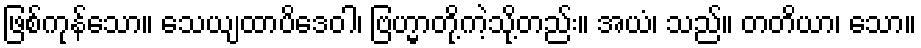
ဖြစ်ကုန်သော။ သေယျထာပိဒေဝါ၊ ဗြဟ္မာတို့ကဲ့သို့တည်း။ အယံ၊ သည်။ တတိယာ၊ သော။